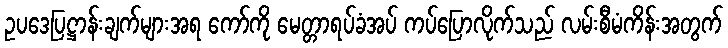
ဥပဒေပြဋ္ဌာန်းချက်များအရ ကော်ကို မေတ္တာရပ်ခံအပ် ကပ်ပြောလိုက်သည် လမ်းစီမံကိန်းအတွက်